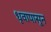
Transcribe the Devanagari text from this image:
धृवापासून